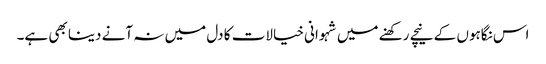
اس نگاہوں کے نیچے رکھنے میں شہوانی خیالات کا دل میں نہ آنے دینا بھی ہے۔